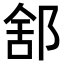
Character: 𨛭